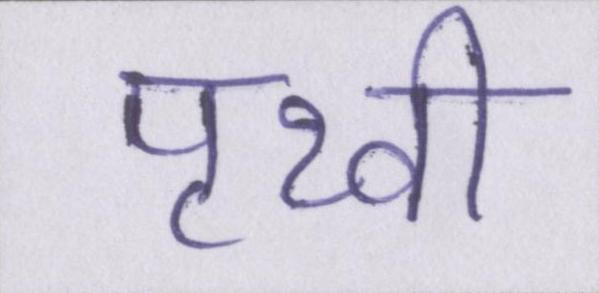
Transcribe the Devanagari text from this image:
पृथ्वी